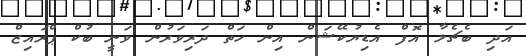
އަދި ބެޗެލާ އޮފް އެޑިޔުކޭޝަން އިން ހަތް ދަރިވަރުން ވަނީ ބުކް ޕްރައިޒް